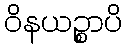
ဝိနယဉ္စာပိ